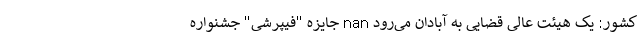
کشور: یک هیئت عالی قضایی به آبادان می‌رود nan جایزه "فیپرشی" جشنواره‌